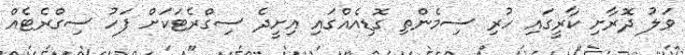
ވަލު ދޮރާށި ކާރީގައި ހުރި ސިމެންތި ގޮޑިއެއްގައި އިށީދެ ސިގްރެޓަކަށް ފަހު ސިގްރެޓެއް